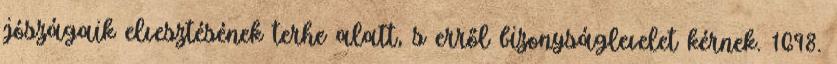
jószágaik elvesztésének terhe alatt, s erről bizonyságlevelet kérnek. 1698.